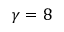
\gamma = 8